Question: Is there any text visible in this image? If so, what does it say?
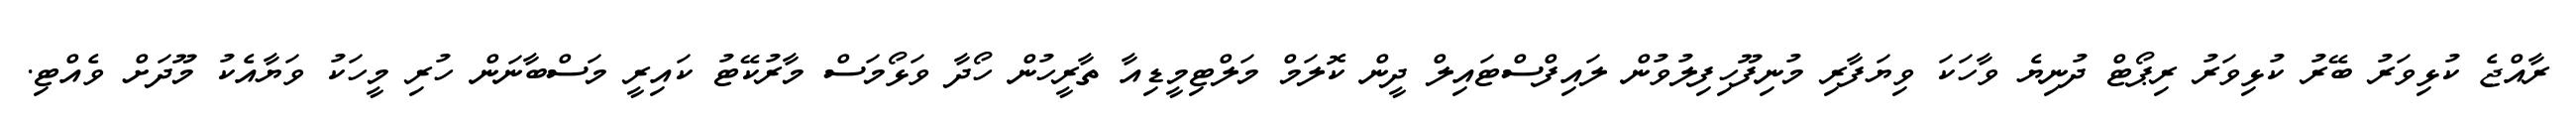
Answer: ރާއްޖެ ކުޅިވަރު ބޭރު ކުޅިވަރު ރިޕޯޓް ދުނިޔެ ވާހަކަ ވިޔަފާރި މުނިފޫހިފިލުވުން ލައިފްސްޓައިލް ދީން ކޮލަމް މަލްޓިމީޑިއާ ތާރީހުން ހޯދާ ވަޅޯމަސް މާރުކޭޓު ކައިރީ މަސްބާނަން ހުރި މީހަކު ވަޔާއެކު މޫދަށް ވެއްޓި.